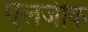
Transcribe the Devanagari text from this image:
एलर्जीक